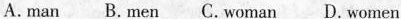
A.man B.Men C.Woman D.Women